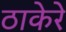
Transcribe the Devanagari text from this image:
ठाकेरे